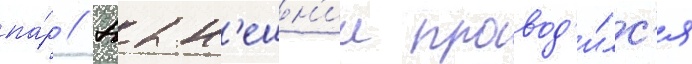
па́р // Нын'ешн'ии провод'и́лс'я